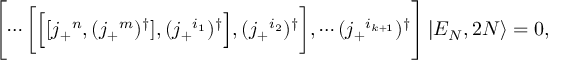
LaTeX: \Biggl [ \cdots \biggl [ \Bigl [ [ j _ { + } { } ^ { n } , ( j _ { + } { } ^ { m } ) ^ { \dagger } ] , ( j _ { + } { } ^ { i _ { 1 } } ) ^ { \dagger } \Bigr ] , ( j _ { + } { } ^ { i _ { 2 } } ) ^ { \dagger } \biggr ] , \cdots ( j _ { + } { } ^ { i _ { k + 1 } } ) ^ { \dagger } \Biggr ] \left| { \cal E } _ { N } , 2 N \right\rangle = 0 ,